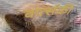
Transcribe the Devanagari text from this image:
वार्त्सकी